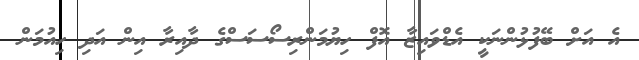
އެ އަށް ބޭފުޅުންނަކީ އެޑްވައިޒާ އޮފް ހިޔުމަންރިސޯސަސްގެ ދާއިރާ އިން އަދި ހިއުމަން